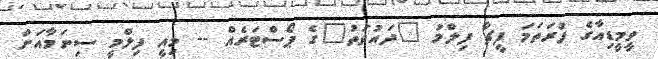
ވީމީޑިއާގެ ފުރަތަމަ ފީޗާ ފިލްމު "ދައުވަތު"ގެ ޕޯސްޓަރެއް -- މިއީ ފިލްމީ ސިނަމާއަށް